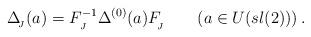
LaTeX: \begin{align*}\Delta _{_{\!J}}(a)=F^{-1}_{_{J}}\Delta^{(0)}(a)F_{_{\!J}}^{}\qquad(a\in U(sl(2)))\,.\end{align*}